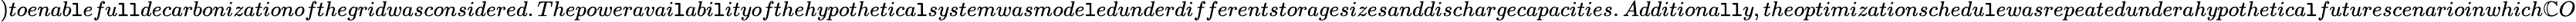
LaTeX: )toenab\mathtt{l}efu\mathtt{l}\mathtt{l}decarbonizationofthegridwasconsidered.Thepoweravai\mathtt{l}abi\mathtt{l}ityofthehypothetica\mathtt{l}systemwasmode\mathtt{l}edunderdifferentstoragesizesanddischargecapacities.Additiona\mathtt{l}\mathtt{l}y,theoptimizationschedu\mathtt{l}ewasrepeatedunderahypothetica\mathtt{l}futurescenarioinwhich\mathbb{C}O